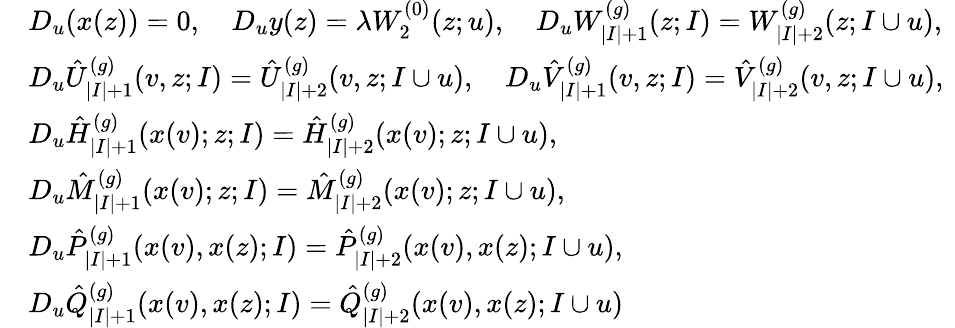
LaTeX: \begin{array}{rl}&{D_{u}(x(z))=0,\quad D_{u}y(z)=\lambda W_{2}^{(0)}(z;u),\quad D_{u}W_{|I|+1}^{(g)}(z;I)=W_{|I|+2}^{(g)}(z;I\cup u),\ }\\ &{D_{u}\hat{U}_{|I|+1}^{(g)}(v,z;I)=\hat{U}_{|I|+2}^{(g)}(v,z;I\cup u),\quad D_{u}\hat{V}_{|I|+1}^{(g)}(v,z;I)=\hat{V}_{|I|+2}^{(g)}(v,z;I\cup u),\ }\\ &{D_{u}\hat{H}_{|I|+1}^{(g)}(x(v);z;I)=\hat{H}_{|I|+2}^{(g)}(x(v);z;I\cup u),\ }\\ &{D_{u}\hat{M}_{|I|+1}^{(g)}(x(v);z;I)=\hat{M}_{|I|+2}^{(g)}(x(v);z;I\cup u),\quad}\\ &{D_{u}\hat{P}_{|I|+1}^{(g)}(x(v),x(z);I)=\hat{P}_{|I|+2}^{(g)}(x(v),x(z);I\cup u),\quad}\\ &{D_{u}\hat{Q}_{|I|+1}^{(g)}(x(v),x(z);I)=\hat{Q}_{|I|+2}^{(g)}(x(v),x(z);I\cup u)}\end{array}